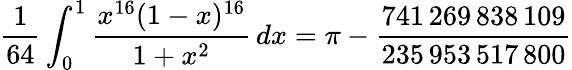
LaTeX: {\frac{1}{64}}\int_{0}^{1}{\frac{x^{16}(1-x)^{16}}{1+x^{2}}}\, dx=\pi-{\frac{741\, 269\, 838\, 109}{235\, 953\, 517\, 800}}